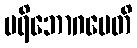
ပရိဘောဂမေတိ